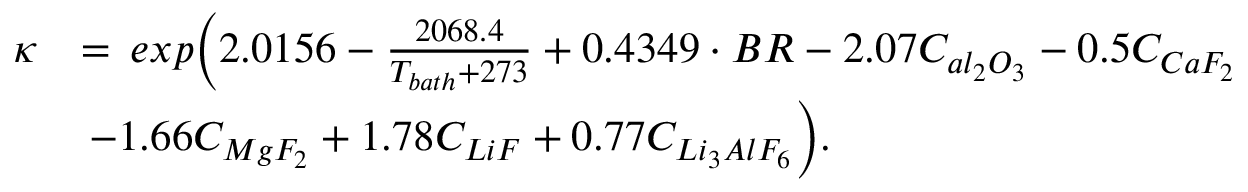
\begin{array} { r l } { \kappa } & { = \, e x p \biggl ( 2 . 0 1 5 6 - \frac { 2 0 6 8 . 4 } { T _ { b a t h } + 2 7 3 } + 0 . 4 3 4 9 \cdot B R - 2 . 0 7 C _ { a l _ { 2 } O _ { 3 } } - 0 . 5 C _ { C a F _ { 2 } } } \\ & { \, - 1 . 6 6 C _ { M g F _ { 2 } } + 1 . 7 8 C _ { L i F } + 0 . 7 7 C _ { L i _ { 3 } A l F _ { 6 } } \biggr ) . } \end{array}